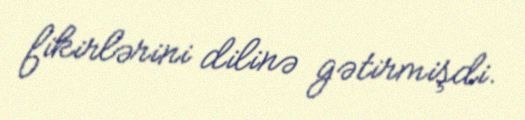
fikirlərini dilinə gətirmişdi.